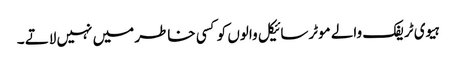
ہیوی ٹریفک والے موٹرسائیکل والوں کو کسی خاطر میں نہیں لاتے ۔